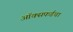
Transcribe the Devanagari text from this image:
ऑक्सफर्डचा